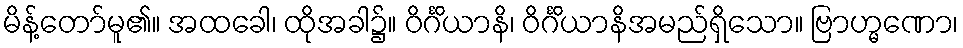
မိန့်တော်မူ၏။ အထခေါ၊ ထိုအခါ၌။ ဝိင်္ဂိယာနိ၊ ဝိင်္ဂိယာနိအမည်ရှိသော။ ဗြာဟ္မဏော၊